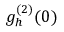
g _ { h } ^ { ( 2 ) } ( 0 )